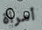
أمرأة